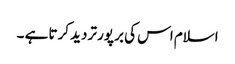
اسلام اس کی بر پور تردید کرتا ہے ۔